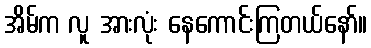
အိမ်က လူ အားလုံး နေကောင်းကြတယ်နော်။